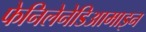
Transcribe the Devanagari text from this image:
फेनिलेनेडिआमाइन